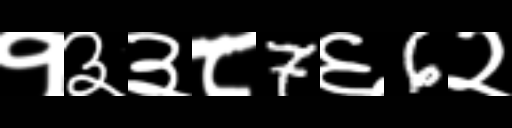
Text: १३३८7६6२